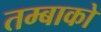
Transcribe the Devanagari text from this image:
तम्बाको